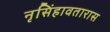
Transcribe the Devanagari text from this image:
नृसिंहावतारास